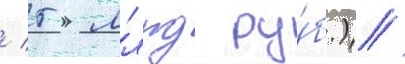
/ 5 млрд ру́б.).